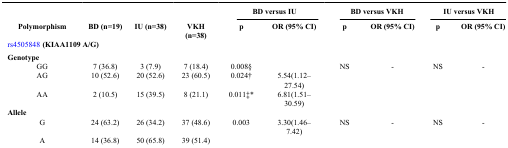
|  |  |  |  | <COLSPAN=2> BD versus IU | <COLSPAN=2> BD versus VKH | <COLSPAN=2> IU versus VKH |
 | Polymorphism | BD (n=19) | IU (n=38) | VKH (n=38) | p | OR (95% CI) | p | OR (95% CI) | p | OR (95% CI) |
 | --- | --- | --- | --- | --- | --- | --- | --- | --- | --- |
 | <COLSPAN=10> rs4505848 (KIAA1109 A/G) |
 | <COLSPAN=10> Genotype |
 | GG | 7 (36.8) | 3 (7.9) | 7 (18.4) | 0.008§ |  | NS | - | NS | - |
 | AG | 10 (52.6) | 20 (52.6) | 23 (60.5) | 0.024† | 5.54(1.12–27.54) |  |  |  |  |
 | AA | 2 (10.5) | 15 (39.5) | 8 (21.1) | 0.011‡* | 6.81(1.51–30.59) |  |  |  |  |
 | <COLSPAN=10> Allele |
 | G | 24 (63.2) | 26 (34.2) | 37 (48.6) | 0.003 | 3.30(1.46–7.42) | NS | - | NS | - |
 | A | 14 (36.8) | 50 (65.8) | 39 (51.4) |  |  |  |  |  |  |